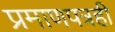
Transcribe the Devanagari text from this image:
प्रमाणपत्रही